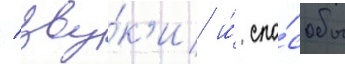
/ зву́к'и и́ спо́собы